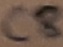
Text: C8